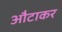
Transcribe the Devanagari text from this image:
औटाकर